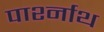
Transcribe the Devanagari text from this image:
पार्श्नाथ